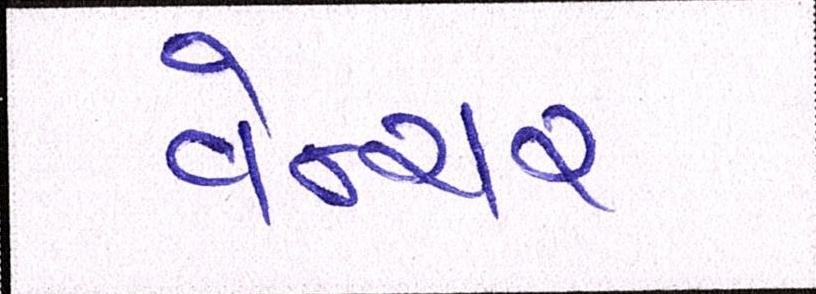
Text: વેન્ચર